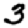
Digit: 3